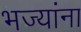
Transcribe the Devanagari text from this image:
भज्यांना